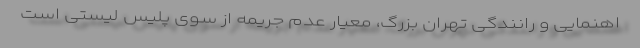
اهنمایی و رانندگی تهران بزرگ، معیار عدم جریمه از سوی پلیس لیستی است